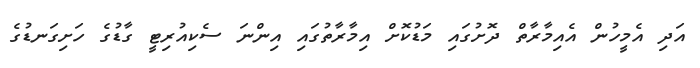
އަދި އެމީހުން އެއިމާރާތް ދޮށުގައި މަޑުކޮށް އިމާރާތުގައި އިންނަ ސެކިއުރިޓީ ގާޑުގެ ހަށިގަނޑުގެ